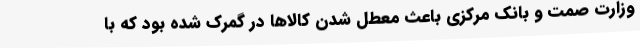
وزارت صمت و بانک مرکزی باعث معطل شدن کالاها در گمرک شده بود که با